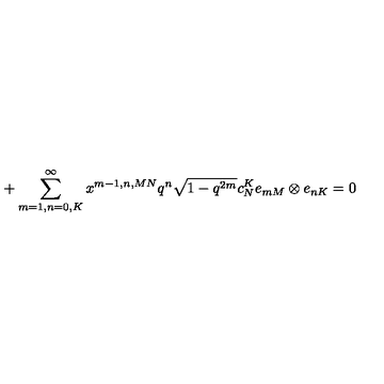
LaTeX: + \sum _ { m = 1 , n = 0 , K } ^ { \infty } x ^ { m - 1 , n , M N } q ^ { n } \sqrt { 1 - q ^ { 2 m } } c _ { N } ^ { K } e _ { m M } \otimes e _ { n K } = 0